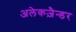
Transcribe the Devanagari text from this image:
अलेकज़ैन्डर